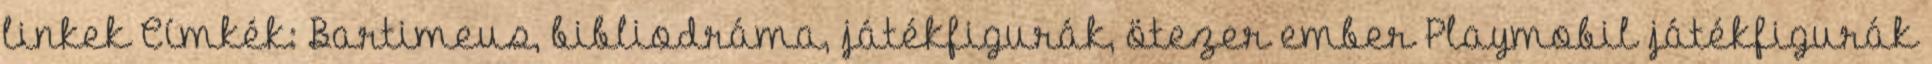
linkek Címkék: Bartimeus, bibliodráma, játékfigurák, ötezer ember Playmobil játékfigurák